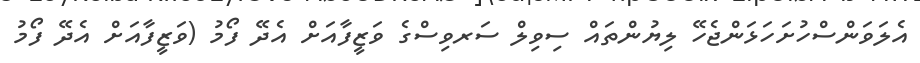
އެލަވަންސްހުށަހަޅަންޖެހޭ ލިޔުންތައް ސިވިލް ސަރވިސްގެ ވަޒީފާއަށް އެދޭ ފޯމު (ވަޒީފާއަށް އެދޭ ފޯމު